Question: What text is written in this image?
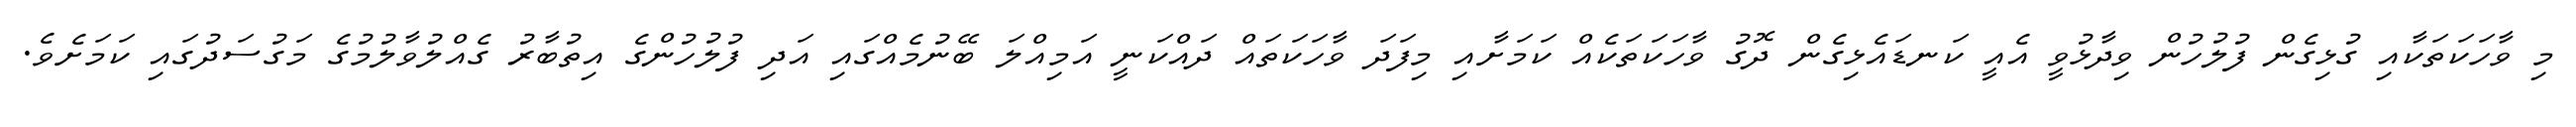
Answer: މި ވާހަކަތަކާއި ގުޅިގެން ފުލުހުން ވިދާޅުވީ އެއީ ކަނޑައެޅިގެން ދޮގު ވާހަކަތަކެއް ކަމަށާއި މިފަދަ ވާހަކަތައް ދައްކަނީ އަމިއްލަ ބޭނުމެއްގައި އަދި ފުލުހުންގެ އިތުބާރު ގެއްލުވާލުމުގެ މަގުސަދުގައި ކަމަށެވެ.